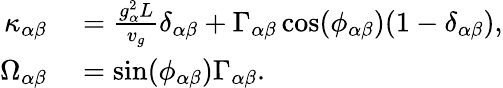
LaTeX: \begin{array}{rl}{\kappa_{\alpha\beta}}&{{}=\frac{g_{\alpha}^{2}L}{v_{g}}\delta_{\alpha\beta}+\Gamma_{\alpha\beta}\cos(\phi_{\alpha\beta})(1-\delta_{\alpha\beta}),}\\ {\Omega_{\alpha\beta}}&{{}=\sin(\phi_{\alpha\beta})\Gamma_{\alpha\beta}.}\end{array}